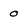
Character: o